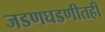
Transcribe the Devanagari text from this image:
जडणघडणीतही